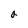
Character: a